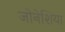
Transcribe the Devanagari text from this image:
जोनेशिया